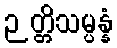
ဉတ္တိသမ္ပန္နံ